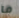
ما